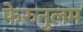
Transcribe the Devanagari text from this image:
फेरुनुलम